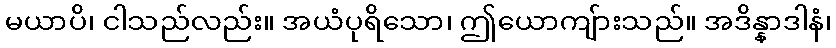
မယာပိ၊ ငါသည်လည်း။ အယံပုရိသော၊ ဤယောကျ်ားသည်။ အဒိန္နာဒါနံ၊